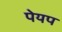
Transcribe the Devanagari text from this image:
पेयप